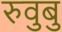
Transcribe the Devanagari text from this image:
रुवुबु